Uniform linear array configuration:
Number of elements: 12
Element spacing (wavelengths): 0.25
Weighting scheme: kaiser
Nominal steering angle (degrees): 45
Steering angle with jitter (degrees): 46.727
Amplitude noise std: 0.05
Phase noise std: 0.05

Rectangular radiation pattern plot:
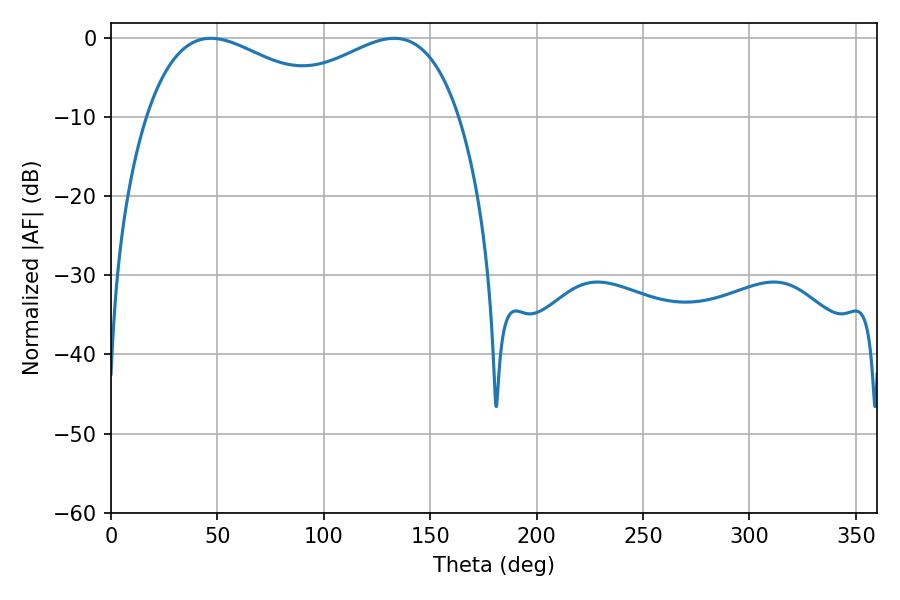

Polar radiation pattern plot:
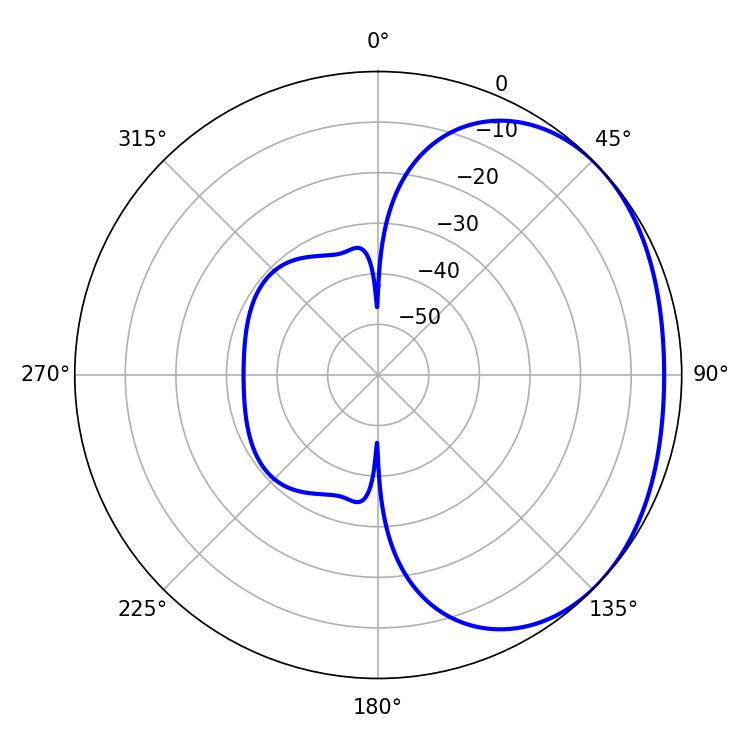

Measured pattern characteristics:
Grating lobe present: FALSE
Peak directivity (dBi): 1.904
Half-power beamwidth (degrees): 50.4
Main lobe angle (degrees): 46.98